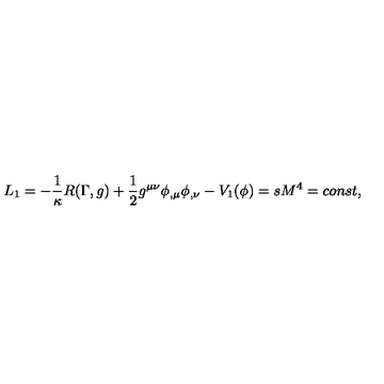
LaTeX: L _ { 1 } = - \frac { 1 } { \kappa } R ( \Gamma , g ) + \frac { 1 } { 2 } g ^ { \mu \nu } \phi _ { , \mu } \phi _ { , \nu } - V _ { 1 } ( \phi ) = s M ^ { 4 } = c o n s t ,